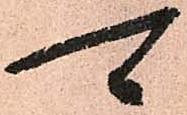
可